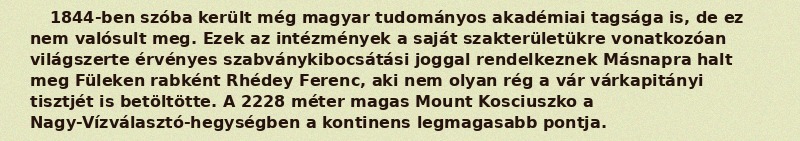
1844-ben szóba került még magyar tudományos akadémiai tagsága is, de ez nem valósult meg. Ezek az intézmények a saját szakterületükre vonatkozóan világszerte érvényes szabványkibocsátási joggal rendelkeznek Másnapra halt meg Füleken rabként Rhédey Ferenc, aki nem olyan rég a vár várkapitányi tisztjét is betöltötte. A 2228 méter magas Mount Kosciuszko a Nagy-Vízválasztó-hegységben a kontinens legmagasabb pontja.